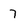
Character: 7